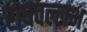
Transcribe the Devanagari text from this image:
राधवल्लभ